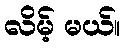
လိမ့် မယ်။